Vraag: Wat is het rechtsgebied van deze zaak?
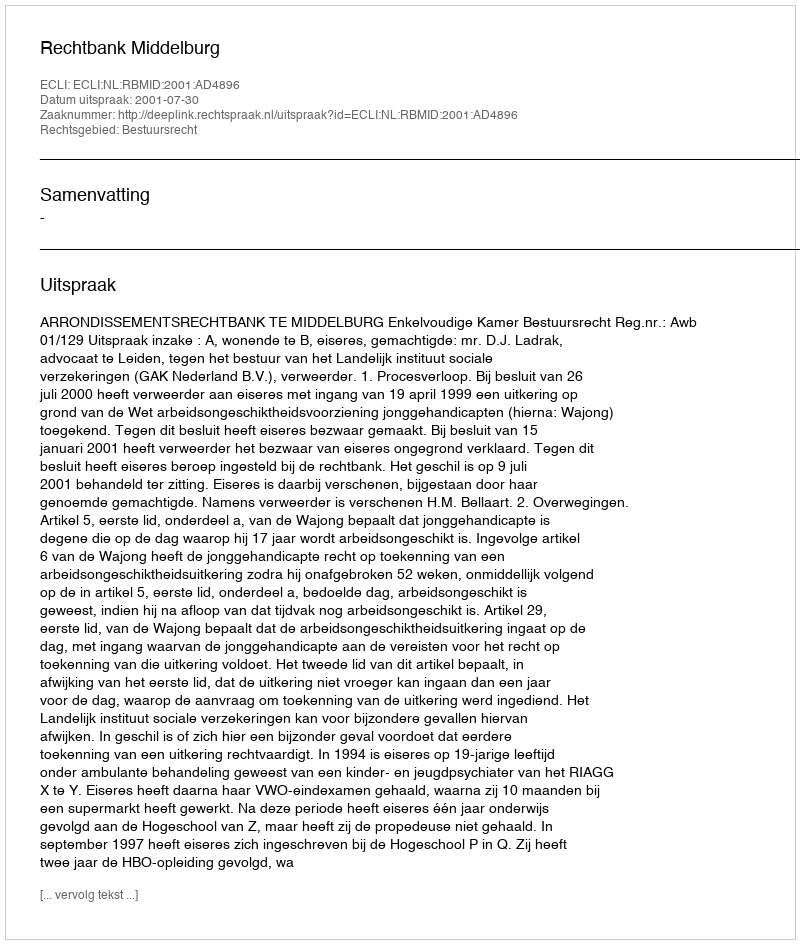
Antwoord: Bestuursrecht